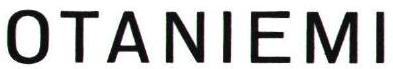
OTANIEMI